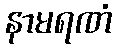
နာမရဏံ